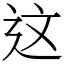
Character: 这